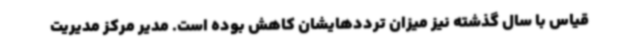
قیاس با سال گذشته نیز میزان ترددهایشان کاهش بوده است. مدیر مرکز مدیریت